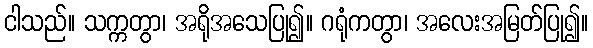
ငါသည်။ သက္ကတွာ၊ အရိုအသေပြု၍။ ဂရုံကတွာ၊ အလေးအမြတ်ပြု၍။